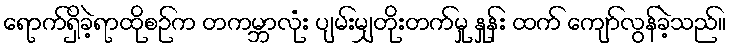
ရောက်ရှိခဲ့ရာထိုစဉ်က တကမ္ဘာလုံး ပျမ်းမျှတိုးတက်မှု နှုန်း ထက် ကျော်လွန်ခဲ့သည်။